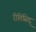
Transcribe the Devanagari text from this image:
रीतिसिद्द्